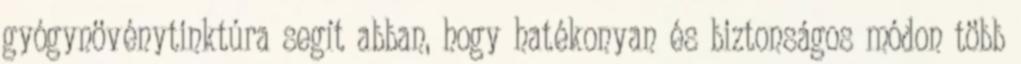
gyógynövénytinktúra segít abban, hogy hatékonyan és biztonságos módon több